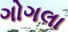
ગોગલા